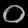
Digit: ၀